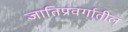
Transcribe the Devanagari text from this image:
जातिप्रवर्गातील